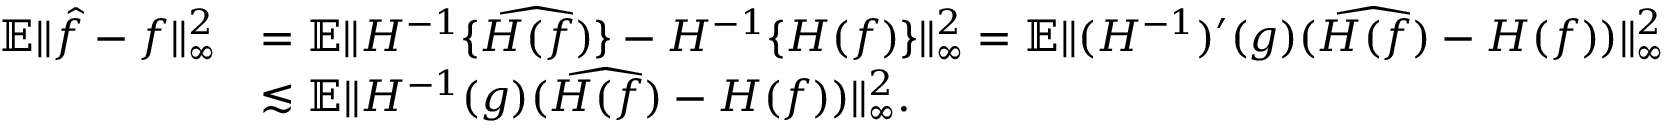
\begin{array} { r l } { \mathbb { E } \| \hat { f } - f \| _ { \infty } ^ { 2 } } & { = \mathbb { E } \| H ^ { - 1 } \{ \widehat { H ( f ) } \} - H ^ { - 1 } \{ H ( f ) \} \| _ { \infty } ^ { 2 } = \mathbb { E } \| ( H ^ { - 1 } ) ^ { \prime } ( g ) ( \widehat { H ( f ) } - H ( f ) ) \| _ { \infty } ^ { 2 } } \\ & { \lesssim \mathbb { E } \| H ^ { - 1 } ( g ) ( \widehat { H ( f ) } - H ( f ) ) \| _ { \infty } ^ { 2 } . } \end{array}